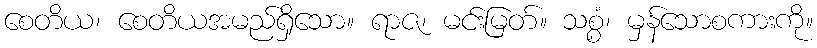
စေတိယ၊ စေတိယအမည်ရှိသော။ ရာဇ၊ မင်းမြတ်။ သစ္စံ၊ မှန်သောစကားကို။